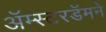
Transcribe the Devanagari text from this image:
अॅम्स्टरडॅमने